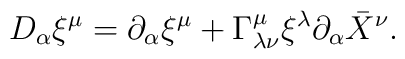
D_\alpha \xi^\mu = \partial_\alpha \xi^\mu +\Gamma^\mu _{\lambda\nu}\xi^\lambda \partial_\alpha \bar{X}^\nu .